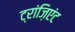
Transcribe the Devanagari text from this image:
ट्रांज़िएंट